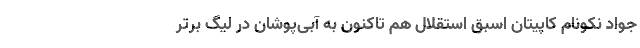
جواد نکونام کاپیتان اسبق استقلال هم تاکنون به آبی‌پوشان در لیگ برتر